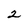
Character: 2